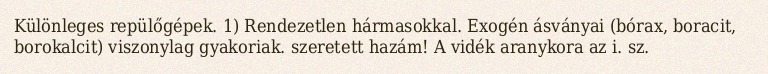
Különleges repülőgépek. 1) Rendezetlen hármasokkal. Exogén ásványai (bórax, boracit, borokalcit) viszonylag gyakoriak. szeretett hazám! A vidék aranykora az i. sz.